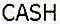
CASH